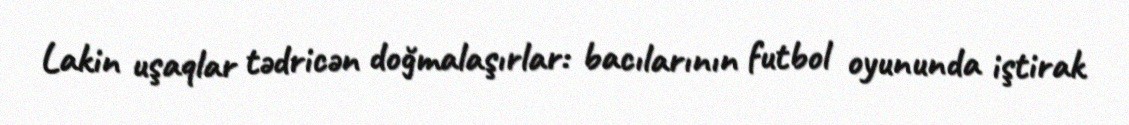
Lakin uşaqlar tədricən doğmalaşırlar: bacılarının futbol oyununda iştirak